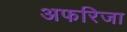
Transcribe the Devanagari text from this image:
अफरिजा